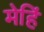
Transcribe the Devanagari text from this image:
मेहिं